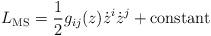
LaTeX: \begin{align*}L_{\rm MS} = {1\over 2} g_{ij}(z) \dot z^i \dot z^j + {\rm constant}\end{align*}